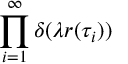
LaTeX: \prod _ { i = 1 } ^ { \infty } \delta ( \lambda r ( \tau _ { i } ) )